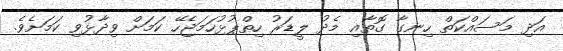
އަދި މަސައްކަތް ހިނގާ ގޮތާއި މެދު ލީޑަރު ހިތްޕުޅުހަމަޖެހޭ ކަމަށް ވިދާޅުވި ކަމަށެވެ.